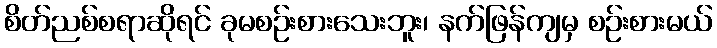
စိတ်ညစ်စရာဆိုရင် ခုမစဉ်းစားသေးဘူး၊ နက်ဖြန်ကျမှ စဉ်းစားမယ်